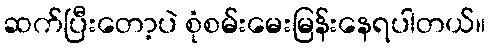
ဆက်ပြီးတော့ပဲ စုံစမ်းမေးမြန်းနေရပါတယ်။